Plague in India, 1896, 1897 - Volume 3
Year: 1896
Disease focus: Plague
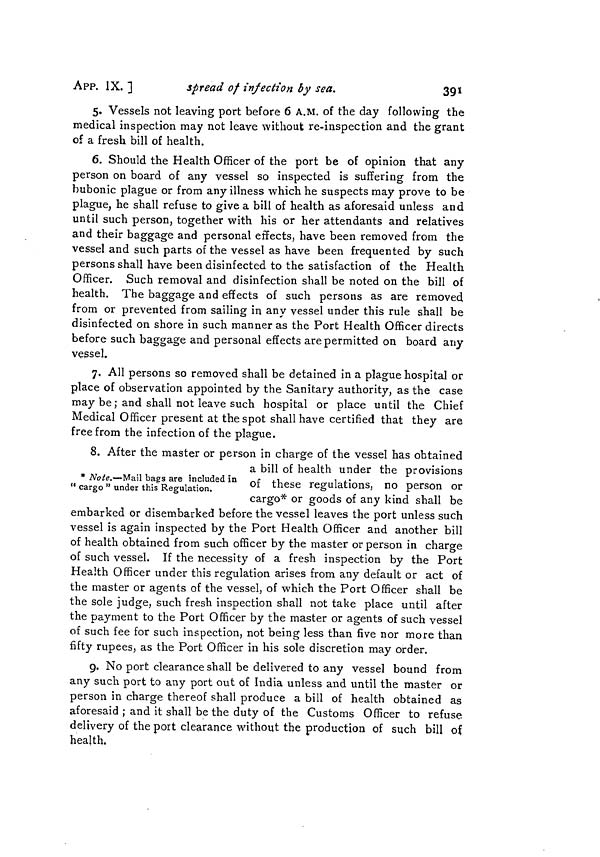
391
APP. IX. ]
spread of infection by sea.
5. Vessels not leaving port before 6 A.M. of the day following the
medical inspection may not leave without re-inspection and the grant
of a fresh bill of health.
6. Should the Health Officer of the port be of opinion that any
person on board of any vessel so inspected is suffering from the
bubonic plague or from any illness which he suspects may prove to be
plague, he shall refuse to give a bill of health as aforesaid unless and
until such person, together with his or her attendants and relatives
and their baggage and personal effects, have been removed from the
vessel and such parts of the vessel as have been frequented by such
persons shall have been disinfected to the satisfaction of the Health
Officer. Such removal and disinfection shall be noted on the bill of
health. The baggage and effects of such persons as are removed
from or prevented from sailing in any vessel under this rule shall be
disinfected on shore in such manner as the Port Health Officer directs
before such baggage and personal effects are permitted on board any
vessel.
7. All persons so removed shall be detained in a plague hospital or
place of observation appointed by the Sanitary authority, as the case
may be ; and shall not leave such hospital or place until the Chief
Medical Officer present at the spot shall have certified that they are
free from the infection of the plague.
8. After the master or person in charge of the vessel has obtained
a bill of health under the provisions
* Note.—Mail bags are included in
" cargo " under this Regulation.
of these regulations, no person or
cargo* or goods of any kind shall be
embarked or disembarked before the vessel leaves the port unless such
vessel is again inspected by the Port Health Officer and another bill
of health obtained from such officer by the master or person in charge
of such vessel. If the necessity of a fresh inspection by the Port
Health Officer under this regulation arises from any default or act of
the master or agents of the vessel, of which the Port Officer shall be
the sole judge, such fresh inspection shall not take place until after
the payment to the Port Officer by the master or agents of such vessel
of such fee for such inspection, not being less than five nor more than
fifty rupees, as the Port Officer in his sole discretion may order.
9. No port clearance shall be delivered to any vessel bound from
any such port to any port out of India unless and until the master or
person in charge thereof shall produce a bill of health obtained as
aforesaid ; and it shall be the duty of the Customs Officer to refuse
delivery of the port clearance without the production of such bill of
health.